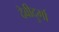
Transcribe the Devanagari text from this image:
देवीदुर्गा